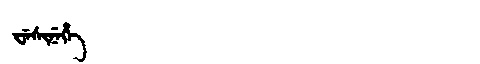
Manchu: ᠸᡝᠰᡳᠨᡝᡥᡝ
Romanization: WESINEHE